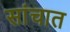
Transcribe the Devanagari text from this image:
सांचात